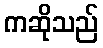
ကဆိုသည်